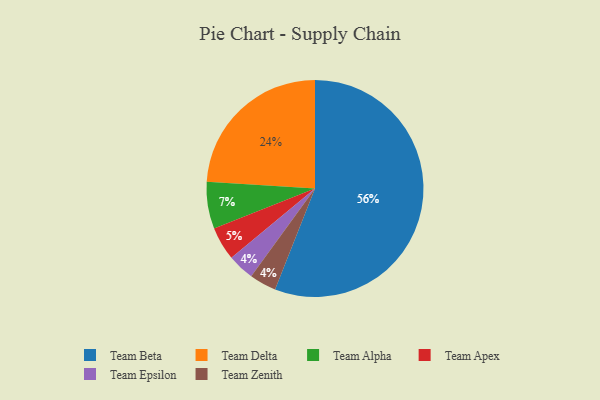
{"axis": {"x": "Category", "y": "Percentage"}, "legend": ["Team Alpha", "Team Apex", "Team Beta", "Team Delta", "Team Epsilon", "Team Zenith"], "data": [{"x": "Team Epsilon", "y": 4, "type": "Team Epsilon"}, {"x": "Team Zenith", "y": 4, "type": "Team Zenith"}, {"x": "Team Delta", "y": 24, "type": "Team Delta"}, {"x": "Team Beta", "y": 56, "type": "Team Beta"}, {"x": "Team Alpha", "y": 7, "type": "Team Alpha"}, {"x": "Team Apex", "y": 5, "type": "Team Apex"}]}